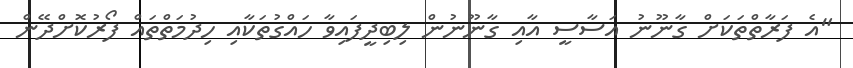
"އެ ފަރާތްތަކަށް ގާނޫނު އަސާސީ އާއި ގާނޫނުން ލިބިދީފައިވާ ހައްގުތަކާއި ހިދުމަތްތައް ފޯރުކޮށްދޭން